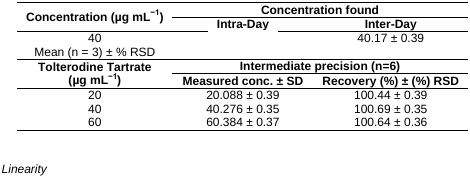
<table><thead><tr><td rowspan="3"><b>Concentration (μg mL<sup>−1</sup>)</b></td><td colspan="2"><b>Concentration found</b></td></tr><tr><td><b>Intra-Day</b></td><td><b>Inter-Day</b></td></tr></thead><tbody><tr><td>40</td><td>[EMPTY_CELL]</td><td>40.17 ± 0.39</td></tr><tr><td>Mean (n = 3) ± % RSD</td><td>[EMPTY_CELL]</td><td>[EMPTY_CELL]</td></tr><tr><td rowspan="3"><b>Tolterodine Tartrate (μg mL</b><b><sup>−1</sup></b><b>)</b></td><td colspan="2"><b>Intermediate precision (n=6)</b></td></tr><tr><td><b>Measured conc. ± SD</b></td><td><b>Recovery (%) ± (%) RSD</b></td></tr><tr><td>20</td><td>20.088 ± 0.39</td><td>100.44 ± 0.39</td></tr><tr><td>40</td><td>40.276 ± 0.35</td><td>100.69 ± 0.35</td></tr><tr><td>60</td><td>60.384 ± 0.37</td><td>100.64 ± 0.36</td></tr></tbody></table>